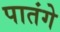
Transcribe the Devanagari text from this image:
पातंगे